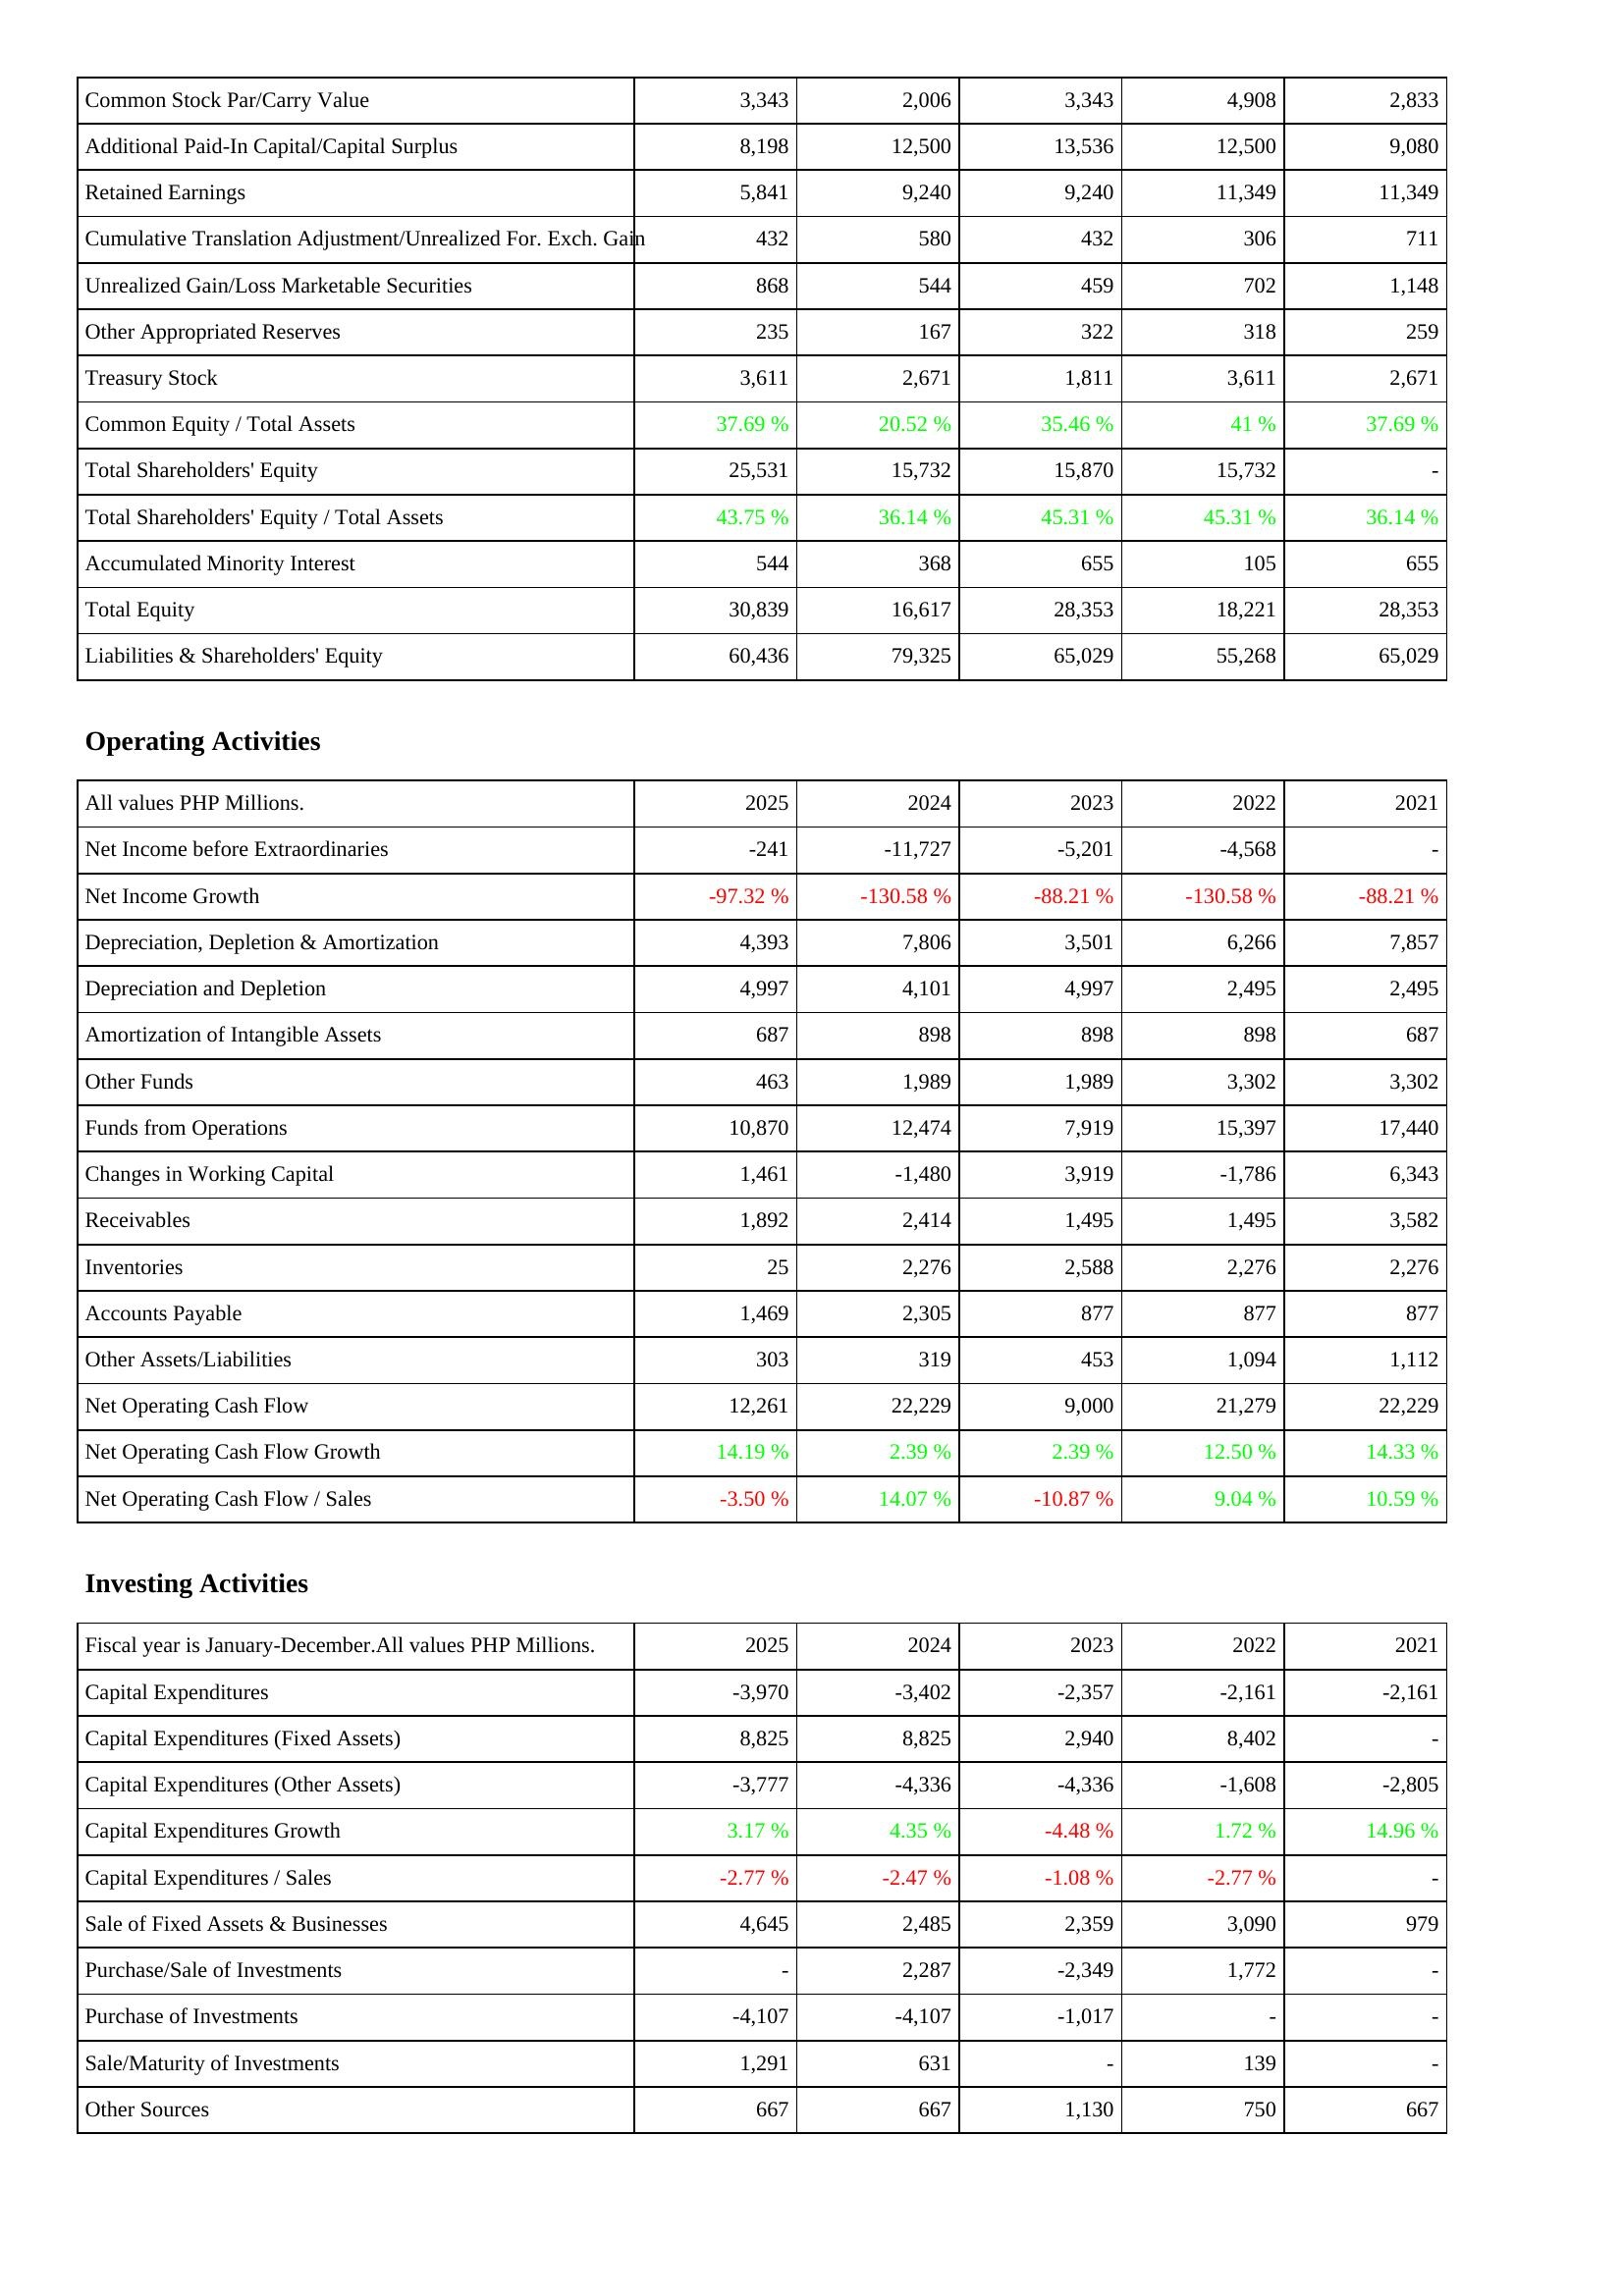
2025: Liabilities & Shareholders' Equity: Common Stock Par/Carry Value: 3,343
Additional Paid-In Capital/Capital Surplus: 8,198
Retained Earnings: 5,841
Cumulative Translation Adjustment/Unrealized For. Exch. Gain: 432
Unrealized Gain/Loss Marketable Securities: 868
Other Appropriated Reserves: 235
Treasury Stock: 3,611
Common Equity / Total Assets: 37.69 %
Total Shareholders' Equity: 25,531
Total Shareholders' Equity / Total Assets: 43.75 %
Accumulated Minority Interest: 544
Total Equity: 30,839
Liabilities & Shareholders' Equity: 60,436
Operating Activities: Net Income before Extraordinaries: -241
Net Income Growth: -97.32 %
Depreciation, Depletion & Amortization: 4,393
Depreciation and Depletion: 4,997
Amortization of Intangible Assets: 687
Other Funds: 463
Funds from Operations: 10,870
Changes in Working Capital: 1,461
Receivables: 1,892
Inventories: 25
Accounts Payable: 1,469
Other Assets/Liabilities: 303
Net Operating Cash Flow: 12,261
Net Operating Cash Flow Growth: 14.19 %
Net Operating Cash Flow / Sales: -3.50 %
Investing Activities: Capital Expenditures: -3,970
Capital Expenditures (Fixed Assets): 8,825
Capital Expenditures (Other Assets): -3,777
Capital Expenditures Growth: 3.17 %
Capital Expenditures / Sales: -2.77 %
Sale of Fixed Assets & Businesses: 4,645
Purchase/Sale of Investments: -
Purchase of Investments: -4,107
Sale/Maturity of Investments: 1,291
Other Sources: 667
2024: Liabilities & Shareholders' Equity: Common Stock Par/Carry Value: 2,006
Additional Paid-In Capital/Capital Surplus: 12,500
Retained Earnings: 9,240
Cumulative Translation Adjustment/Unrealized For. Exch. Gain: 580
Unrealized Gain/Loss Marketable Securities: 544
Other Appropriated Reserves: 167
Treasury Stock: 2,671
Common Equity / Total Assets: 20.52 %
Total Shareholders' Equity: 15,732
Total Shareholders' Equity / Total Assets: 36.14 %
Accumulated Minority Interest: 368
Total Equity: 16,617
Liabilities & Shareholders' Equity: 79,325
Operating Activities: Net Income before Extraordinaries: -11,727
Net Income Growth: -130.58 %
Depreciation, Depletion & Amortization: 7,806
Depreciation and Depletion: 4,101
Amortization of Intangible Assets: 898
Other Funds: 1,989
Funds from Operations: 12,474
Changes in Working Capital: -1,480
Receivables: 2,414
Inventories: 2,276
Accounts Payable: 2,305
Other Assets/Liabilities: 319
Net Operating Cash Flow: 22,229
Net Operating Cash Flow Growth: 2.39 %
Net Operating Cash Flow / Sales: 14.07 %
Investing Activities: Capital Expenditures: -3,402
Capital Expenditures (Fixed Assets): 8,825
Capital Expenditures (Other Assets): -4,336
Capital Expenditures Growth: 4.35 %
Capital Expenditures / Sales: -2.47 %
Sale of Fixed Assets & Businesses: 2,485
Purchase/Sale of Investments: 2,287
Purchase of Investments: -4,107
Sale/Maturity of Investments: 631
Other Sources: 667
2023: Liabilities & Shareholders' Equity: Common Stock Par/Carry Value: 3,343
Additional Paid-In Capital/Capital Surplus: 13,536
Retained Earnings: 9,240
Cumulative Translation Adjustment/Unrealized For. Exch. Gain: 432
Unrealized Gain/Loss Marketable Securities: 459
Other Appropriated Reserves: 322
Treasury Stock: 1,811
Common Equity / Total Assets: 35.46 %
Total Shareholders' Equity: 15,870
Total Shareholders' Equity / Total Assets: 45.31 %
Accumulated Minority Interest: 655
Total Equity: 28,353
Liabilities & Shareholders' Equity: 65,029
Operating Activities: Net Income before Extraordinaries: -5,201
Net Income Growth: -88.21 %
Depreciation, Depletion & Amortization: 3,501
Depreciation and Depletion: 4,997
Amortization of Intangible Assets: 898
Other Funds: 1,989
Funds from Operations: 7,919
Changes in Working Capital: 3,919
Receivables: 1,495
Inventories: 2,588
Accounts Payable: 877
Other Assets/Liabilities: 453
Net Operating Cash Flow: 9,000
Net Operating Cash Flow Growth: 2.39 %
Net Operating Cash Flow / Sales: -10.87 %
Investing Activities: Capital Expenditures: -2,357
Capital Expenditures (Fixed Assets): 2,940
Capital Expenditures (Other Assets): -4,336
Capital Expenditures Growth: -4.48 %
Capital Expenditures / Sales: -1.08 %
Sale of Fixed Assets & Businesses: 2,359
Purchase/Sale of Investments: -2,349
Purchase of Investments: -1,017
Sale/Maturity of Investments: -
Other Sources: 1,130
2022: Liabilities & Shareholders' Equity: Common Stock Par/Carry Value: 4,908
Additional Paid-In Capital/Capital Surplus: 12,500
Retained Earnings: 11,349
Cumulative Translation Adjustment/Unrealized For. Exch. Gain: 306
Unrealized Gain/Loss Marketable Securities: 702
Other Appropriated Reserves: 318
Treasury Stock: 3,611
Common Equity / Total Assets: 41 %
Total Shareholders' Equity: 15,732
Total Shareholders' Equity / Total Assets: 45.31 %
Accumulated Minority Interest: 105
Total Equity: 18,221
Liabilities & Shareholders' Equity: 55,268
Operating Activities: Net Income before Extraordinaries: -4,568
Net Income Growth: -130.58 %
Depreciation, Depletion & Amortization: 6,266
Depreciation and Depletion: 2,495
Amortization of Intangible Assets: 898
Other Funds: 3,302
Funds from Operations: 15,397
Changes in Working Capital: -1,786
Receivables: 1,495
Inventories: 2,276
Accounts Payable: 877
Other Assets/Liabilities: 1,094
Net Operating Cash Flow: 21,279
Net Operating Cash Flow Growth: 12.50 %
Net Operating Cash Flow / Sales: 9.04 %
Investing Activities: Capital Expenditures: -2,161
Capital Expenditures (Fixed Assets): 8,402
Capital Expenditures (Other Assets): -1,608
Capital Expenditures Growth: 1.72 %
Capital Expenditures / Sales: -2.77 %
Sale of Fixed Assets & Businesses: 3,090
Purchase/Sale of Investments: 1,772
Purchase of Investments: -
Sale/Maturity of Investments: 139
Other Sources: 750
2021: Liabilities & Shareholders' Equity: Common Stock Par/Carry Value: 2,833
Additional Paid-In Capital/Capital Surplus: 9,080
Retained Earnings: 11,349
Cumulative Translation Adjustment/Unrealized For. Exch. Gain: 711
Unrealized Gain/Loss Marketable Securities: 1,148
Other Appropriated Reserves: 259
Treasury Stock: 2,671
Common Equity / Total Assets: 37.69 %
Total Shareholders' Equity: -
Total Shareholders' Equity / Total Assets: 36.14 %
Accumulated Minority Interest: 655
Total Equity: 28,353
Liabilities & Shareholders' Equity: 65,029
Operating Activities: Net Income before Extraordinaries: -
Net Income Growth: -88.21 %
Depreciation, Depletion & Amortization: 7,857
Depreciation and Depletion: 2,495
Amortization of Intangible Assets: 687
Other Funds: 3,302
Funds from Operations: 17,440
Changes in Working Capital: 6,343
Receivables: 3,582
Inventories: 2,276
Accounts Payable: 877
Other Assets/Liabilities: 1,112
Net Operating Cash Flow: 22,229
Net Operating Cash Flow Growth: 14.33 %
Net Operating Cash Flow / Sales: 10.59 %
Investing Activities: Capital Expenditures: -2,161
Capital Expenditures (Fixed Assets): -
Capital Expenditures (Other Assets): -2,805
Capital Expenditures Growth: 14.96 %
Capital Expenditures / Sales: -
Sale of Fixed Assets & Businesses: 979
Purchase/Sale of Investments: -
Purchase of Investments: -
Sale/Maturity of Investments: -
Other Sources: 667